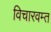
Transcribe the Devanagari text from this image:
विचारवम्त